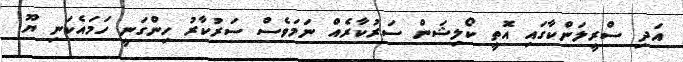
އަދި ސްރީލަންކާގައި އޮތީ ކޯލިޝަން ސަރުކާރެއް ނަމަވެސް ސަރުކާރު ހިންގަނީ ހަމައެކަނި ޔޫ.